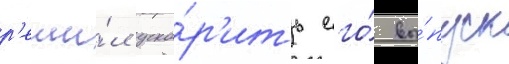
р'еши́л уско́р'ить его́ вы́пуск